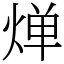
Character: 𬊤